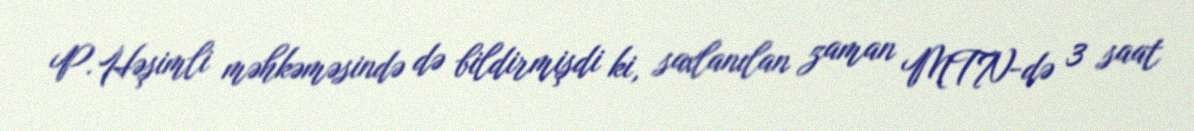
P. Həşimli məhkəməsində də bildirmişdi ki, saxlanılan zaman MTN-də 3 saat